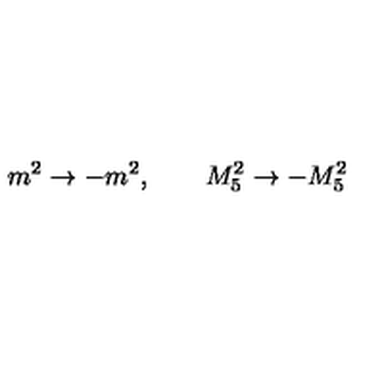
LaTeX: m ^ { 2 } \rightarrow - m ^ { 2 } , \qquad M _ { 5 } ^ { 2 } \rightarrow - M _ { 5 } ^ { 2 }